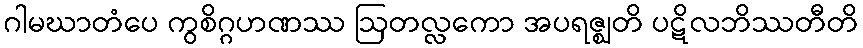
ဂါမဃာတံပေ ကွစိဂ္ဂဟဏဿ ဩတလ္လကော အပရဇ္ဈတိ ပဋိလဘိဿတီတိ